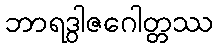
ဘာရဒွါဇဂေါတ္တဿ